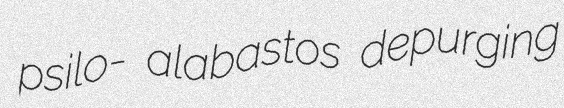
psilo- alabastos depurging